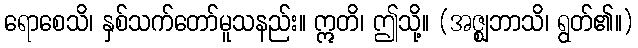
ရောစေသိ၊ နှစ်သက်တော်မူသနည်း။ ဣတိ၊ ဤသို့။ (အဇ္ဈဘာသိ၊ ရွတ်၏။)